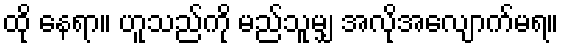
ထို နေရာ။ ဟူသည်ကို မည်သူမျှ အလိုအလျောက်မရ။